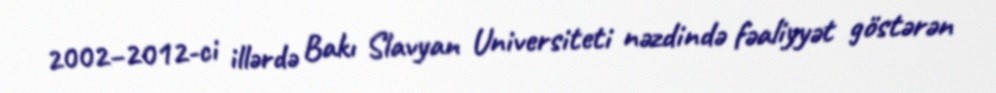
2002–2012-ci illərdə Bakı Slavyan Universiteti nəzdində fəaliyyət göstərən